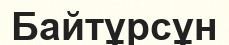
Байтұрсұн